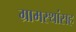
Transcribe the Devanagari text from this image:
ग्रामस्थांसह